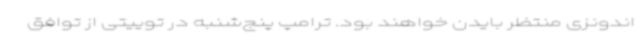
اندونزی منتظر بایدن خواهند بود. ترامپ پنج‌شنبه در توییتی از توافق